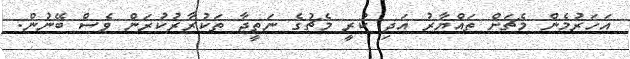
އަހަރުމެން މެޗަށް ތައްޔާރު އަދި ކުރީ މެޗުގެ ނަތީޖާ ތަކުރާރުކުރަން ވެސް ބޭނުން.